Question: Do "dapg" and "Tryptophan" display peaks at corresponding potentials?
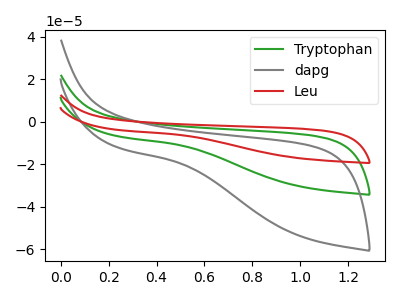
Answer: <think>The green curve "Tryptophan" has no peaks. The gray curve "dapg" has no peaks. The red curve "Leu" has no peaks.</think>
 <answer>Niether CV has any peaks.</answer>
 <eval>blanks</eval>